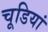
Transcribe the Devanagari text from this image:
चूडियां